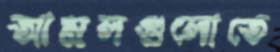
আমলগুলোতে